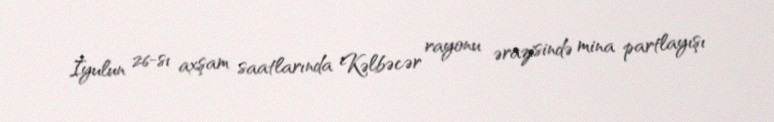
İyulun 26-sı axşam saatlarında Kəlbəcər rayonu ərazisində mina partlayışı